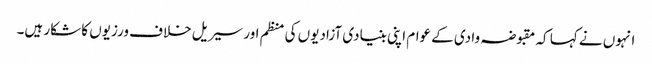
انہوں نے کہا کہ مقبوضہ وادی کے عوام اپنی بنیادی آزادیوں کی منظم اور سیریل خلاف ورزیوں کا شکار ہیں۔